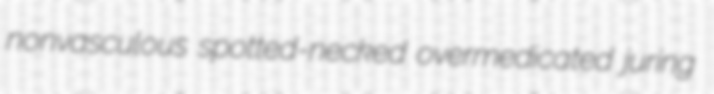
nonvasculous spotted-necked overmedicated juring